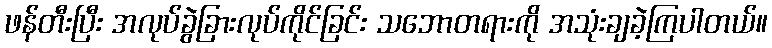
ဖန်တီးပြီး အလုပ်ခွဲခြားလုပ်ကိုင်ခြင်း သဘောတရားကို အသုံးချခဲ့ကြပါတယ်။